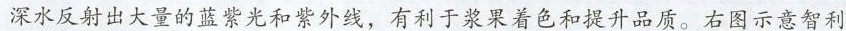
深水反射出大量的蓝紫光和紫外线，有利于浆果着色和提升品质。右图示意智利